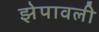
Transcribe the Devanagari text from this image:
झेपावली